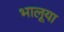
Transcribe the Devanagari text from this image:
भालूया